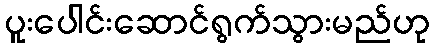
ပူးပေါင်းဆောင်ရွက်သွားမည်ဟု